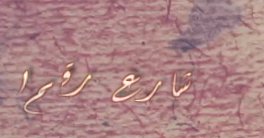
شارع رقم ١